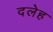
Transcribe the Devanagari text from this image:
दलेह